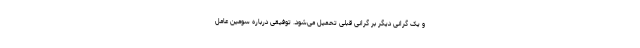
و یک گرانی دیگر بر گرانی قبلی تحمیل می‌شود. توفیقی درباره سومین عامل